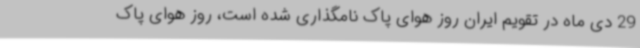
29 دی ماه در تقویم ایران روز هوای پاک نامگذاری شده است، روز هوای پاک